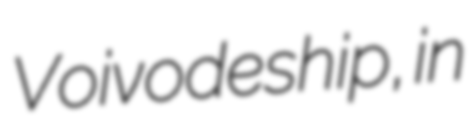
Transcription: Voivodeship, in